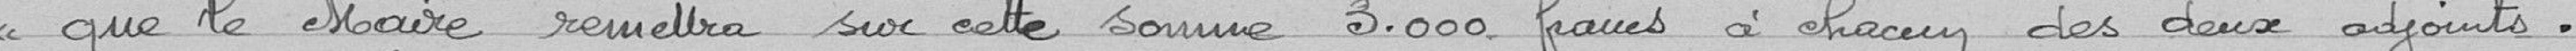
que le Maire remettra sur cette somme 3.000 francs à chacun des deux adjoints.